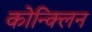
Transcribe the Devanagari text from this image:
कोन्क्लिन